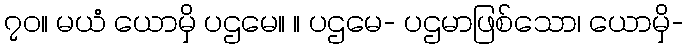
၇၀။ မယံ ယောမှိ ပဌမေ။ ။ ပဌမေ- ပဌမာဖြစ်သော၊ ယောမှိ-